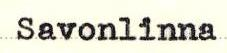
Savonlinna